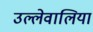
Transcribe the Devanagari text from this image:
उल्लेवालिया